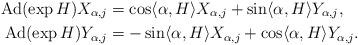
LaTeX: \begin{align*}\mathrm{Ad}(\exp H) X_{\alpha, j} &= \cos \langle \alpha, H \rangle X_{\alpha, j} + \sin \langle \alpha, H \rangle Y_{\alpha, j},\\\mathrm{Ad}(\exp H) Y_{\alpha, j} &= -\sin \langle \alpha, H \rangle X_{\alpha, j} + \cos \langle \alpha, H \rangle Y_{\alpha, j}.\end{align*}